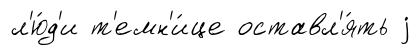
л'ю́д'и т'емн'и́це оставл'я́ть j